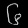
Digit: ၆